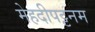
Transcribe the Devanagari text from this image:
मेहदीपट्टनम